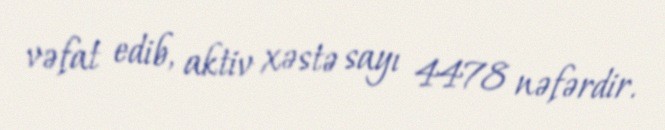
vəfat edib, aktiv xəstə sayı 4478 nəfərdir.